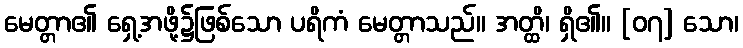
မေတ္တာ၏ ရှေ့အဖို့၌ဖြစ်သော ပရိကံ မေတ္တာသည်။ အတ္ထိ၊ ရှိ၏။ [၀၇] သော၊